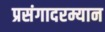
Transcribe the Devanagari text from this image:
प्रसंगादरम्यान